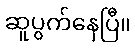
ဆူပွက်နေပြီ။